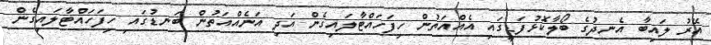
އޭރު ލައިބާ އެނދުގެ ބޯލާކޮޅުފަޑީގައި އެއްއަތުން ހިފަހައްޓާލައިގެން އަދި އަނެއްއަތުން ބަނޑުގައި ހިފަހައްޓާލައިގެން